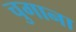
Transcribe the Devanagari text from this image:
चुगाना